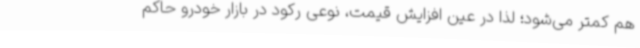
هم کمتر می‌شود؛ لذا در عین افزایش قیمت، نوعی رکود در بازار خودرو حاکم